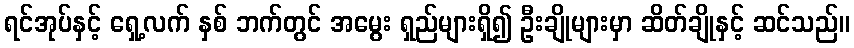
ရင်အုပ်နှင့် ရှေ့လက် နှစ် ဘက်တွင် အမွေး ရှည်များရှိ၍ ဦးချိုများမှာ ဆိတ်ချိုနှင့် ဆင်သည်။